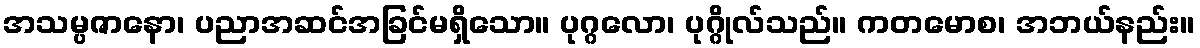
အသမ္ပဇာနော၊ ပညာအဆင်အခြင်မရှိသော။ ပုဂ္ဂလော၊ ပုဂ္ဂိုလ်သည်။ ကတမောစ၊ အဘယ်နည်း။